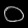
Digit: ၀